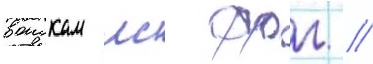
воискам вс фрг //